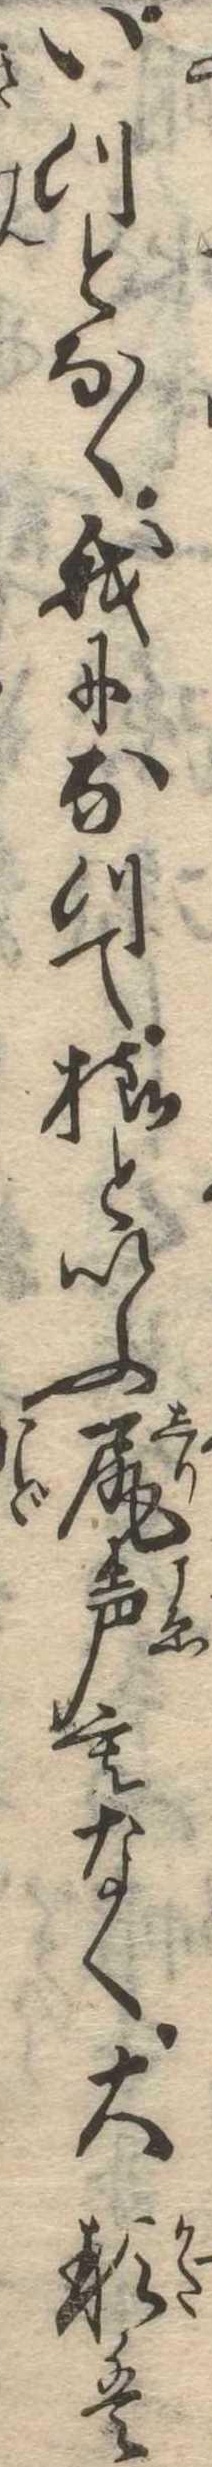
いつとなく我になつて様といふ尻声もなく大形は